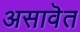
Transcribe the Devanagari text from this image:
असावॆत